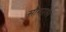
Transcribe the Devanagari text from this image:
सौमनस्य